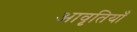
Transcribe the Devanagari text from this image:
अावृतियाँ